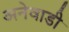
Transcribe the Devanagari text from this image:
अनेवाडी